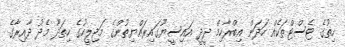
ހިތުގެ ޓެސްޓްތަކެއް ހަދަން އިބްރާހިމް ދީދީ އައިސީޔޫގައިރައްޔިތުންގެ މަޖިލީހުގެ ހިތަދޫ މެދު ދާއިރާގެ